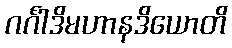
ဂင်္ဂါဒိမဟာနဒိယောတိ